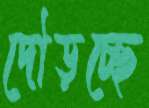
দৌড়চ্ছে